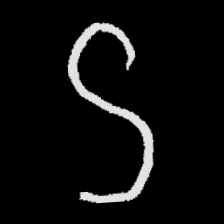
Pyu character \u2014 Myanmar letter: ဌ (romanized: ttha)